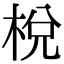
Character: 梲